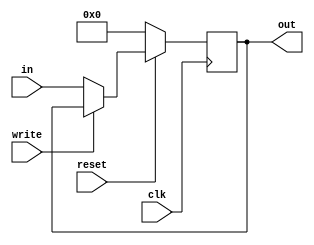
`ifndef _REGISTER
`define _REGISTER

module register16(clk, out, in, write, reset);  // Negedge-triggered flipflop register with active-low write signal and reset

	output reg [15:0] out;
	input      [15:0] in;
	input      clk, write, reset;
	
	always@(negedge clk) begin
		if(reset==0) begin
			out = 16'b0;
		end
		else if(write == 1'b0) begin
			out = in;
		end
	end
	
endmodule

module register1b(clk, out, in, write, reset); // Negedge-triggered 1 bit flipflop register for with active-low write signal and reset

	output reg out;
	input in;
	input clk, write, reset;

	always@(posedge clk) begin
		if(reset == 0) begin
		out = 1'b0;
		end
	else if(write == 1'b0) begin
		out = in;
		end
	end

endmodule

module latch16(in,out,write);

	input [15:0]in;
	input write;//active low wrie
	output reg [15:0] out;

	always @(*) begin
		if(write == 1'b0)
			out = in;
		else 
			out = out;
	end
 
 endmodule

`endif